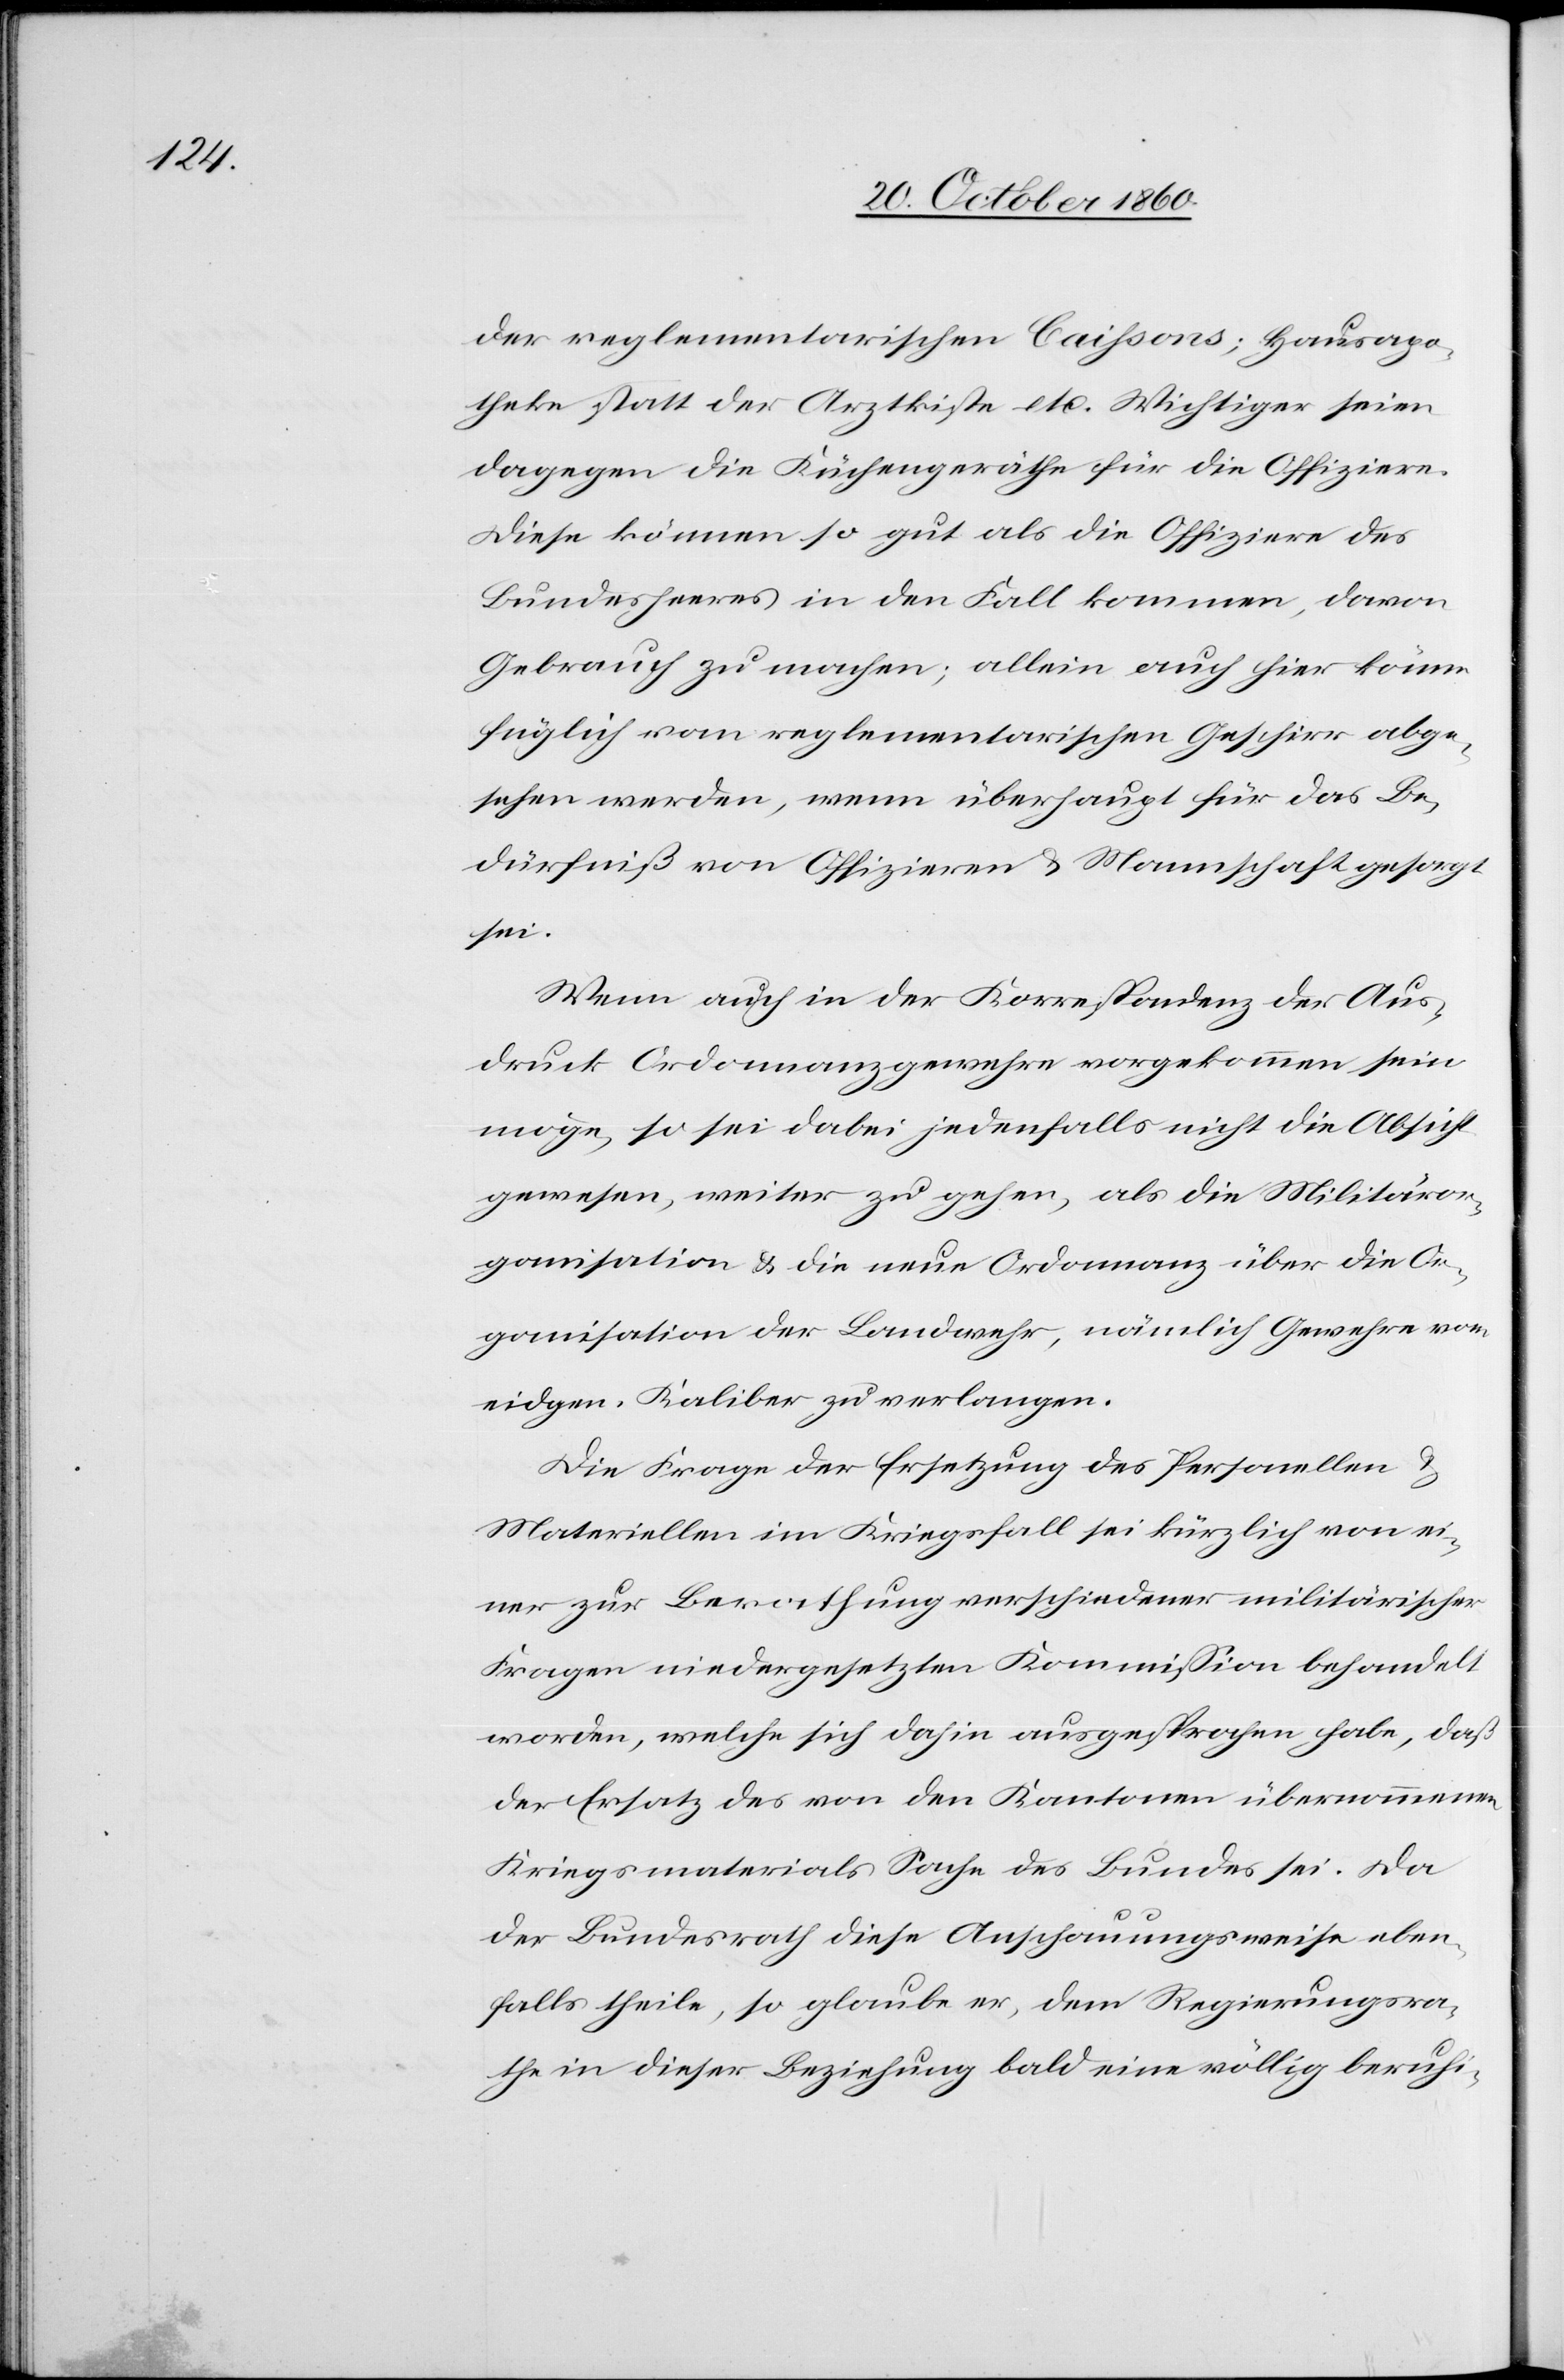
der reglementarischen Caissons; Hausapo¬
theke statt der Arztkiste etc. Wichtiger seien
dagegen die Küchengeräthe für die Offiziere.
Diese können so gut als die Offiziere des
Bundesheeres in den Fall kommen, davon
Gebrauch zu machen; allein auch hier könne
füglich vom reglementarischen Geschirr abge¬
sehen werden, wenn überhaupt für das Be¬
dürfniß von Offizieren u. Mannschaft gesorgt
sei.
Wenn auch in der Korrespondenz der Aus¬
druck Ordonnanzgewehre vorgekommen sein
möge, so sei dabei jedenfalls nicht die Absicht
gewesen, weiter zu gehen, als die Militäror¬
ganisation u. die neue Ordonnanz über die Or¬
ganisation der Landwehr, nämlich Gewehre von
eidgen. Kaliber zu verlangen.
Die Frage der Ersetzung des Personellen u.
Materiellen im Kriegsfall sei kürzlich von ei¬
ner zur Bewaffnung verschiedener militärsicher
Fragen niedergesetzten Kommission behandelt
worden, welche sich dahin ausgesprochen habe, daß
der Ersatz des von den Kantonen übernommenen
Kriegsmaterials Sache des Bundes sei. Da
der Bundesrath diese Anschauungsweise eben¬
falls theile, so glaube er, dem Regierungsra¬
the in dieser Beziehung bald eine völlig beruhi-